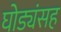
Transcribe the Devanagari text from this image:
घोड्यंसह